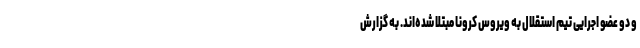
و دو عضو اجرایی تیم استقلال به ویروس کرونا مبتلا شده‌اند. به گزارش